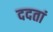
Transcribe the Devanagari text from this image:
ददतां